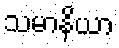
သမာနိယာ